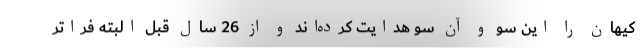
کیهان را این سو و آن سو هدایت کرده‌اند و از 26 سال قبل البته فراتر